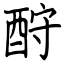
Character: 酧